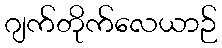
ဂျက်တိုက်လေယာဉ်